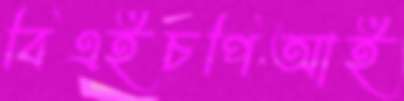
বিএইচপিআই